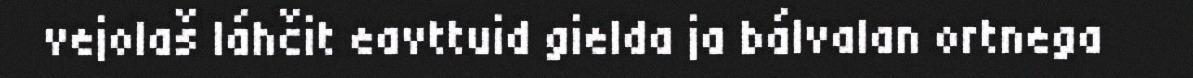
vejolaš láhčit eavttuid gielda ja bálvalan ortnega